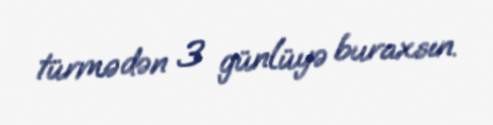
türmədən 3 günlüyə buraxsın.